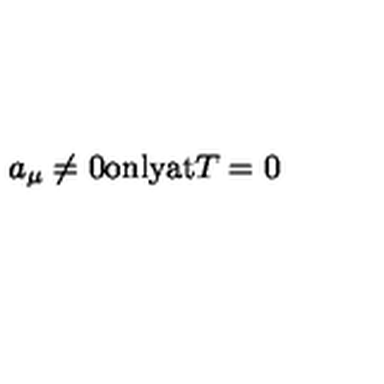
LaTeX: a _ { \mu } \ne 0 \mathrm { o n l y a t } T = 0